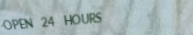
OPEN 24 HOURS